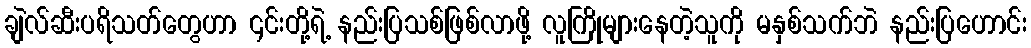
ချဲလ်ဆီးပရိသတ်တွေဟာ ၎င်းတို့ရဲ့ နည်းပြသစ်ဖြစ်လာဖို့ လူကြိုများနေတဲ့သူကို မနှစ်သက်ဘဲ နည်းပြဟောင်း